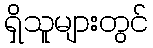
ရှိသူများတွင်